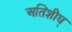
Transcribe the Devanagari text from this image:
अतिशीघ्